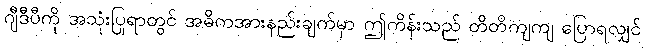
ဂျီဒီပီကို အသုံးပြုရာတွင် အဓိကအားနည်းချက်မှာ ဤကိန်းသည် တိတိကျကျ ပြောရလျှင်